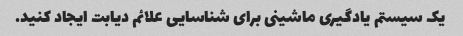
یک سیستم یادگیری ماشینی برای شناسایی علائم دیابت ایجاد کنید.